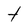
Character: t